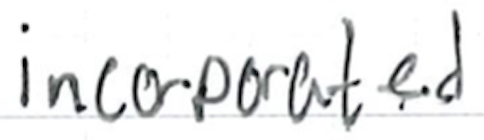
Text: incorporated
Cross-out: clean
Writing tool: ballpoint